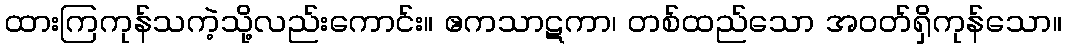
ထားကြကုန်သကဲ့သို့လည်းကောင်း။ ဧကသာဋကာ၊ တစ်ထည်သော အဝတ်ရှိကုန်သော။